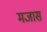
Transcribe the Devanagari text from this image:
मजास